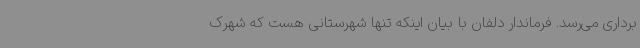
برداری می‌رسد. فرماندار دلفان با بیان اینکه تنها شهرستانی هست که شهرک